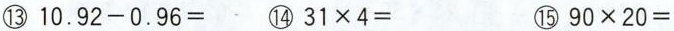
③10.92-0.96= ④31×4= ⑤90×20=